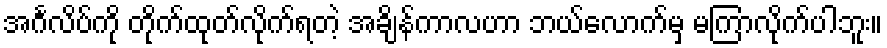
အင်္ဂလိပ်ကို တိုက်ထုတ်လိုက်ရတဲ့ အချိန်ကာလဟာ ဘယ်လောက်မှ မကြာလိုက်ပါဘူး။